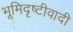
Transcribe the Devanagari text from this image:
भूमिदृष्टीवादी